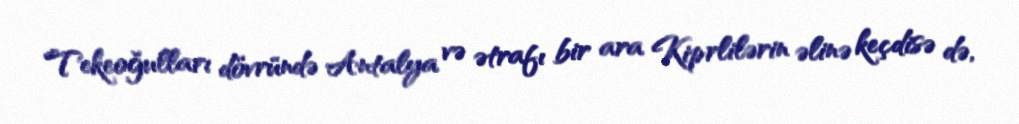
Tekeoğulları dövründə Antalya və ətrafı bir ara Kiprlilərin əlinə keçdisə də,